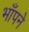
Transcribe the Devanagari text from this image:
भाँपने